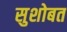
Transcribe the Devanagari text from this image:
सुशोबत